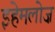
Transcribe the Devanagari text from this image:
इहेमलोज़